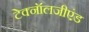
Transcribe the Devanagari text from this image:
टेक्नॉलजीएंड